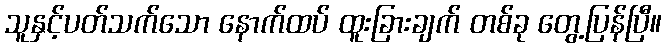
သူနှင့်ပတ်သက်သော နောက်ထပ် ထူးခြားချက် တစ်ခု တွေ့ပြန်ပြီ။